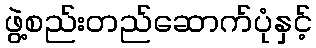
ဖွဲ့စည်းတည်ဆောက်ပုံနှင့်